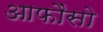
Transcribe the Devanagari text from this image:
आफौंसो